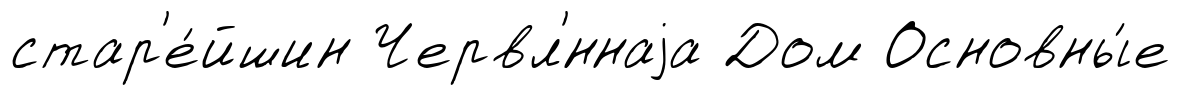
стар'е́йшин Червл'́ннаjа Дом Основны́е